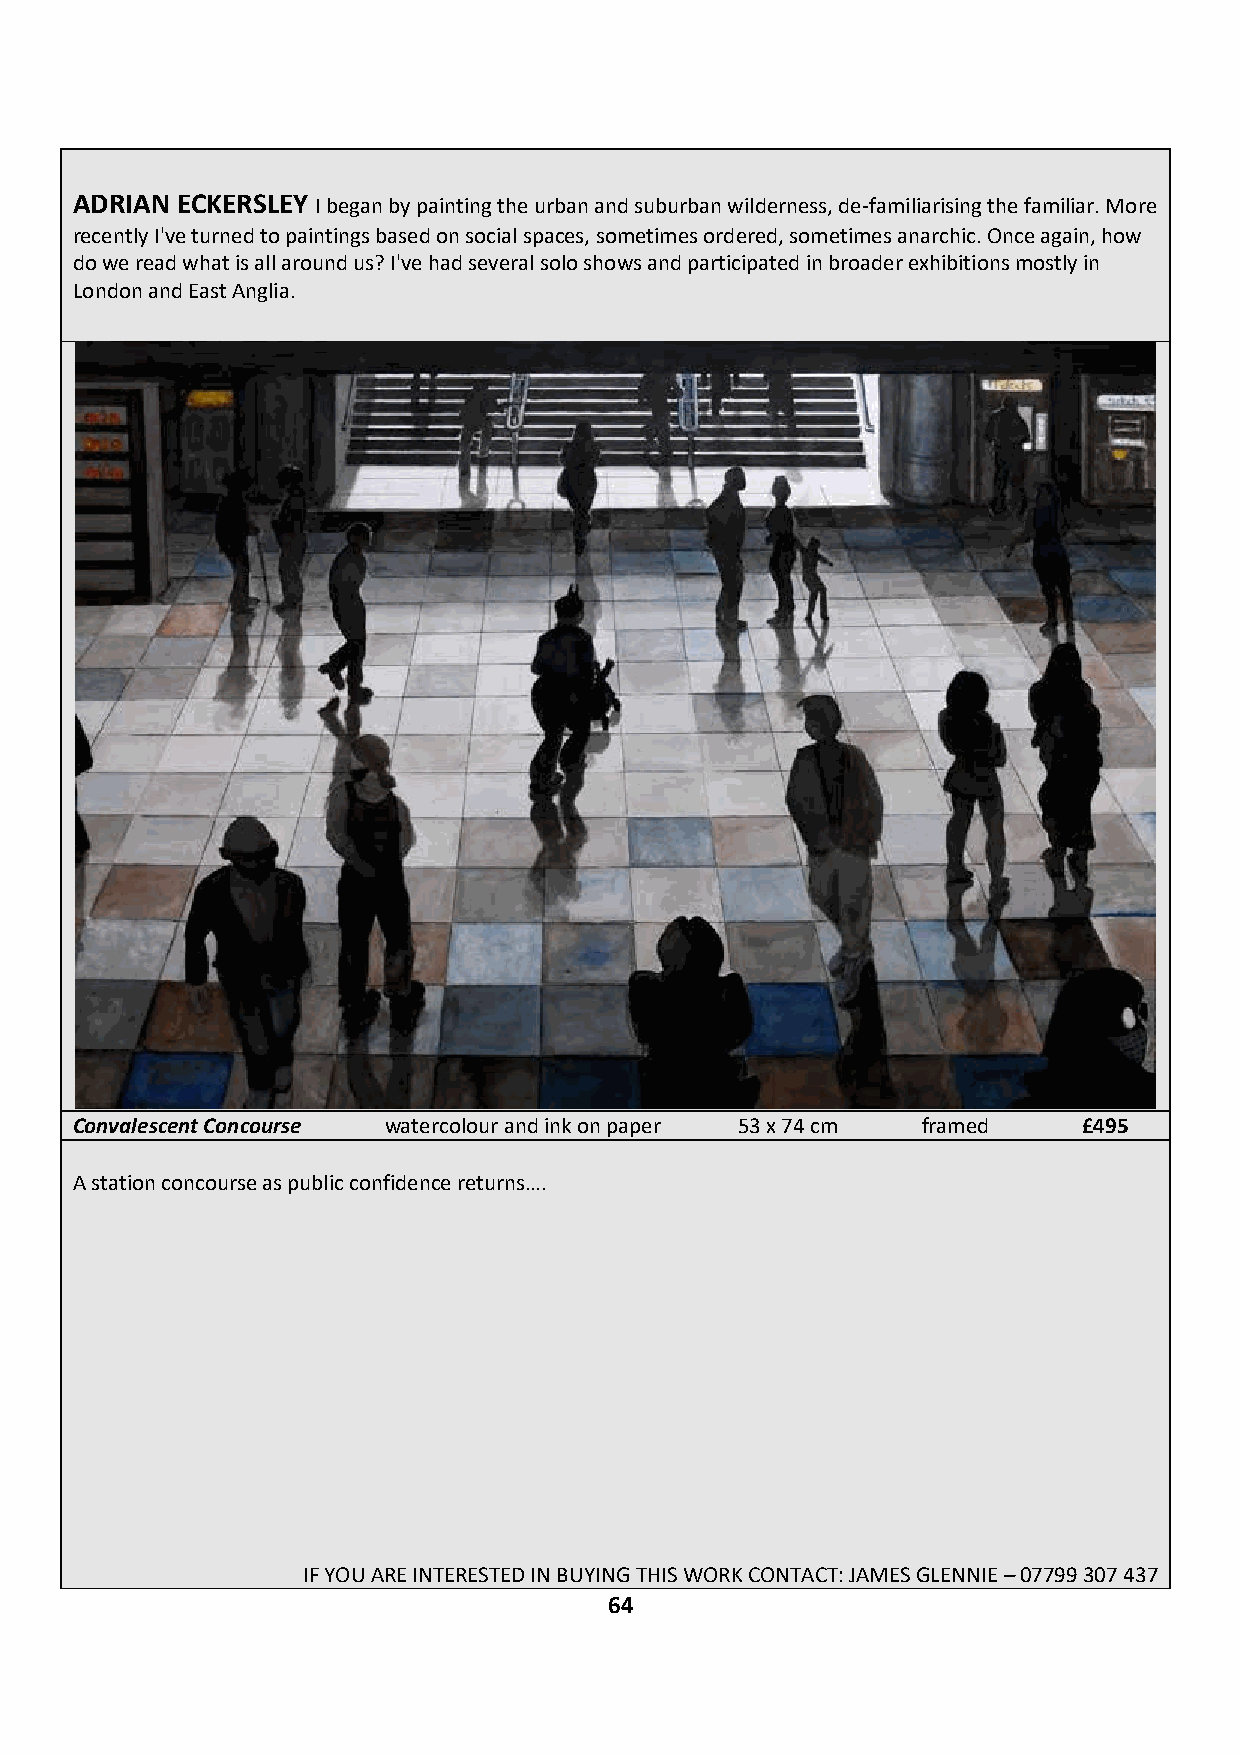
ADRIAN ECKERSLEY I began by painting the urban and suburban wilderness, de-familiarising the familiar. More
 recently I've turned to paintings based on social spaces, sometimes ordered, sometimes anarchic. Once again, how
 do we read what is all around us? I've had several solo shows and participated in broader exhibitions mostly in
 London and East Anglia.
 Convalescent Concourse watercolour and ink on paper 53 x 74 cm framed £495
 A station concourse as public confidence returns….
 IF YOU ARE INTERESTED IN BUYING THIS WORK CONTACT: JAMES GLENNIE – 07799 307 437
 64